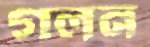
গলন